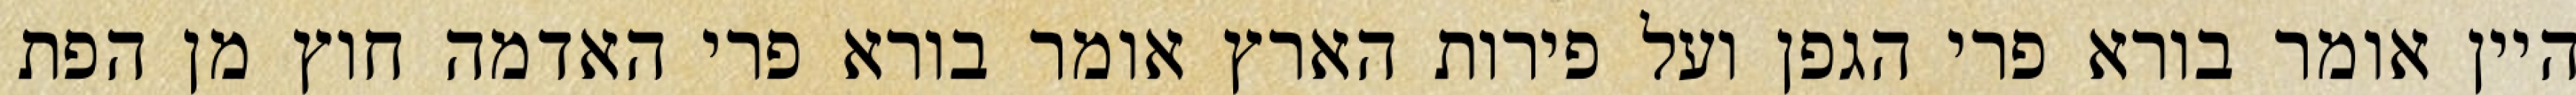
היין אומר בורא פרי הגפן ועל פירות הארץ אומר בורא פרי האדמה חוץ מן הפת